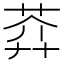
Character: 𦲈